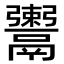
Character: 𩱖